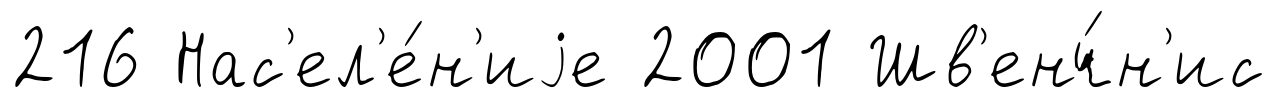
216 Нас'ел'е́н'иjе 2001 Шв'енч́н'ис